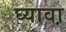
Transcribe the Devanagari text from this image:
घ्यावा़